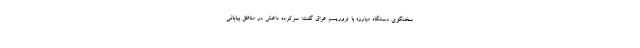
سخنگوی دستگاه مبارزه با تروریسم عراق گفت: سرکرده داعش در مناطق بیابانی